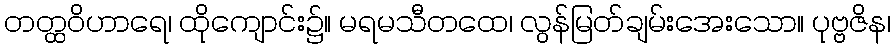
တတ္ထဝိဟာရေ၊ ထိုကျောင်း၌။ မရမသီတထေ၊ လွန်မြတ်ချမ်းအေးသော။ ပုဗ္ဗဇိန၊